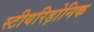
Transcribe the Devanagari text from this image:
स्टीयरिड़ोनिक